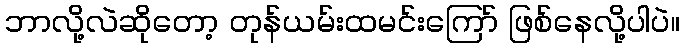
ဘာလို့လဲဆိုတော့ တုန်ယမ်းထမင်းကြော် ဖြစ်နေလို့ပါပဲ။